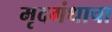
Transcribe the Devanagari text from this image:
मृदगंधाचा